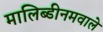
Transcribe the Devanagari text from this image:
मालिब्डीनमवाले